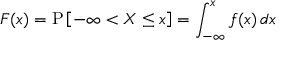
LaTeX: F ( x ) = \operatorname { P } \left[ - \infty < X \leq x \right] = \int _ { - \infty } ^ { x } f ( x ) \, d x